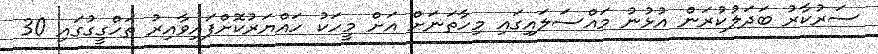
ސަރުކާރު ބަދަލުކުރަން އުޅުނު މައްސަލައިގައި މިހާތަނަށް އަށް މީހަކު ހައްޔަރުކޮށްފައިވާއިރު ތަހްގީގުގައި 30